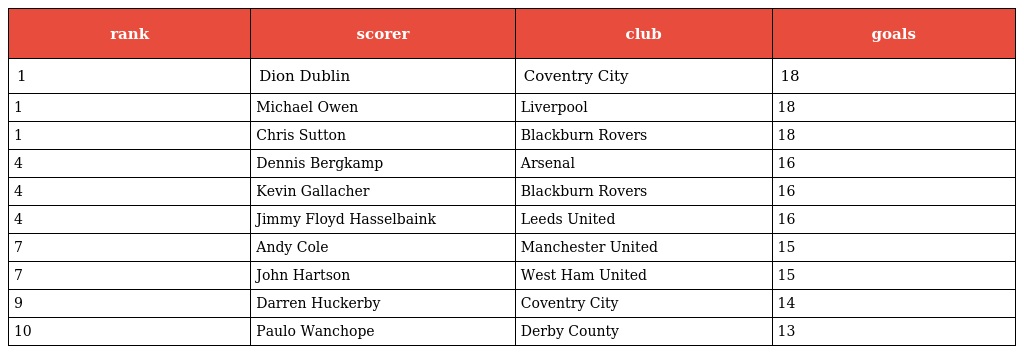
| rank | scorer | club | goals |
 | --- | --- | --- | --- |
 | 1 | Dion Dublin | Coventry City | 18 |
 | 1 | Michael Owen | Liverpool | 18 |
 | 1 | Chris Sutton | Blackburn Rovers | 18 |
 | 4 | Dennis Bergkamp | Arsenal | 16 |
 | 4 | Kevin Gallacher | Blackburn Rovers | 16 |
 | 4 | Jimmy Floyd Hasselbaink | Leeds United | 16 |
 | 7 | Andy Cole | Manchester United | 15 |
 | 7 | John Hartson | West Ham United | 15 |
 | 9 | Darren Huckerby | Coventry City | 14 |
 | 10 | Paulo Wanchope | Derby County | 13 |